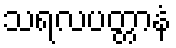
သရလပတ္တာနံ